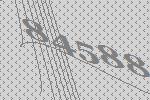
84588